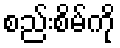
စည်းစိမ်ကို